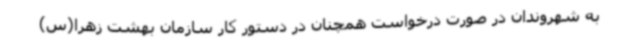
به شهروندان در صورت درخواست همچنان در دستور کار سازمان بهشت زهرا(س)